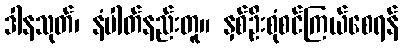
ဒါနသုတ်၊ နံပါတ်နည်းတူ။ နှစ်ဦးစုံစင်ကြယ်စေရန်